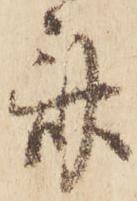
斎